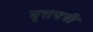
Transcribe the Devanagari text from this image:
वृत्तपत्री